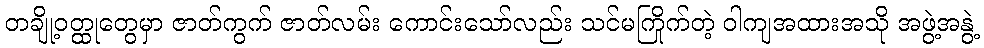
တချို့ဝတ္ထုတွေမှာ ဇာတ်ကွက် ဇာတ်လမ်း ကောင်းသော်လည်း သင်မကြိုက်တဲ့ ဝါကျအထားအသို အဖွဲ့အနွဲ့